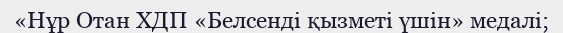
«Нұр Отан ХДП «Белсенді қызметі үшін» медалі;